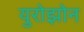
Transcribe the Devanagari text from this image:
युरोझोन